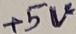
Text: +5V